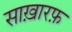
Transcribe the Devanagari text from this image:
साख़ारफ़